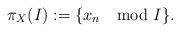
LaTeX: \begin{align*}\pi_X(I):=\{x_n\mod I\}.\end{align*}